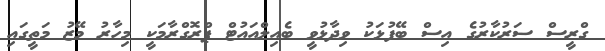
ގްރީސް ސަރުކާރުގެ އިސް ބޭފުޅަކު ވިދާޅުވީ ބެއިލްއައުޓް ޕްރޮގްރާމަކީ މިހާރު މޭޒު މަތީގައި